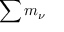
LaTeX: \sum m _ { \nu }